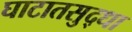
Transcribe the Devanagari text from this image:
घाटातसुद्धा